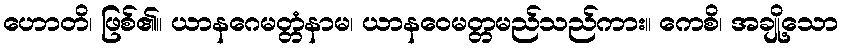
ဟောတိ၊ ဖြစ်၏။ ယာနဂေမတ္တံနာမ၊ ယာနဝေမတ္တမည်သည်ကား။ ကေစိ၊ အချို့သော